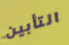
التأبين